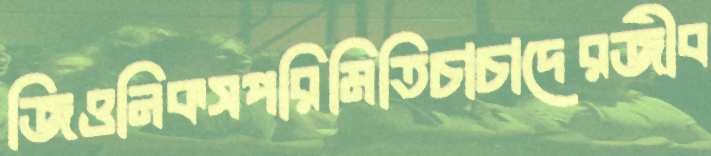
জিওনিকসপরিমিতিচাচাদেরজীব